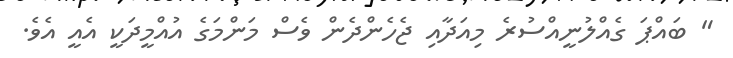
" ބައްޕަ ގެއްލުނީއްސުރެ މިއަދާއި ޖެހެންދެން ވެސް މަންމަގެ އުއްމީދަކީ އެއީ އެވެ.